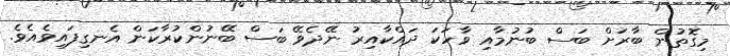
މިގޮތުން ބާރަށް ބަސް ބުނުމާއި ވާހަކަ ދައްކާއިރު ނޭދެވޭ ބަސް ބޭނުންކުރާކަން އެނގިފައިވެއެވެ.